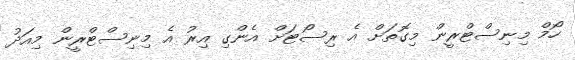
ހޯމް މިނިސްޓްރީން މިގޮތަށް އެ ރިސޯޓަށް އެންގި އިރު އެ މިނިސްޓްރީން މިއަދު